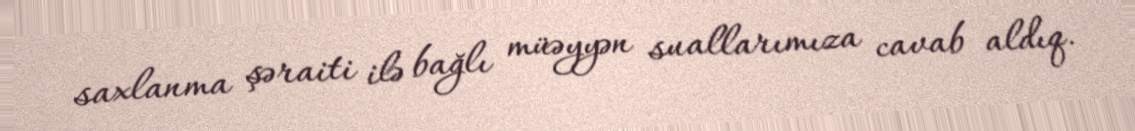
saxlanma şəraiti ilə bağlı müəyyən suallarımıza cavab aldıq.